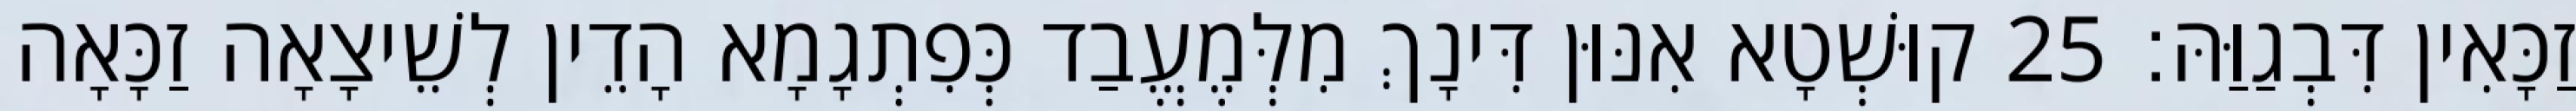
זַכָּאִין דִּבְגַוַּהּ׃ 25 קוּשְׁטָא אִנּוּן דִּינָךְ מִלְּמֶעֱבַד כְּפִתְגָמָא הָדֵין לְשֵׁיצָאָה זַכָּאָה